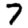
Digit: 7